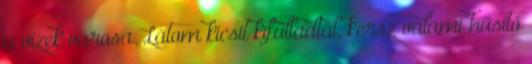
a vizek városa. Látom kicsit kifulladtál, kérsz valami hűsítő